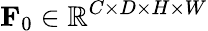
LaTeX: \mathbf{F}_{0}\in\mathbb{R}^{C\times D\times H\times W}